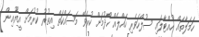
ހަމަލާތައް ހުއްޓާލައި ސުލްހަވެރި ހައްލެއް ހޯދުމަށް ކުރެވޭ މަސައްކަތް އިތުރު ކުރުމަށް އީޔޫއިން